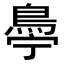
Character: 𬷋